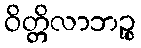
ဝိတ္တိလာဘဉ္စ